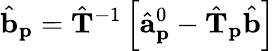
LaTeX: \hat{\mathbf{b}}_{\mathbf{p}}=\hat{\mathbf{T}}^{-1}\left[\hat{\mathbf{a}}_{\mathbf{p}}^{0}-\hat{\mathbf{T}}_{\mathbf{p}}\hat{\mathbf{b}}\right]